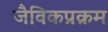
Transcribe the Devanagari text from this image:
जैविकप्रक्रम